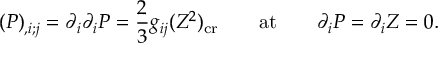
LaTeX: ( P ) _ { , i ; j } = \partial _ { i } \partial _ { i } P = { \frac { 2 } { 3 } } g _ { i j } ( Z ^ { 2 } ) _ { \mathrm { c r } } \qquad \mathrm { a t } \qquad \partial _ { i } P = \partial _ { i } Z = 0 .